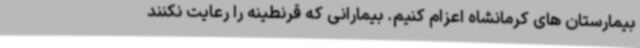
بیمارستان های کرمانشاه اعزام کنیم. بیمارانی که قرنطینه را رعایت نکنند